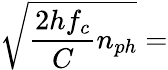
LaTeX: \sqrt{\frac{2hf_{c}}{C}n_{ph}}=